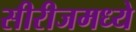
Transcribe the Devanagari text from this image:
सीरीजमध्ये